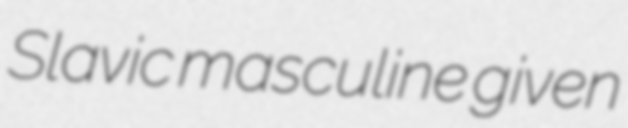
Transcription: Slavic masculine given